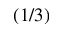
( 1 / 3 )